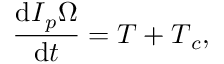
\frac { \mathrm { d } \boldsymbol { I } _ { p } \boldsymbol { \Omega } } { \mathrm { d } t } = \boldsymbol { T } + \boldsymbol { T } _ { c } ,